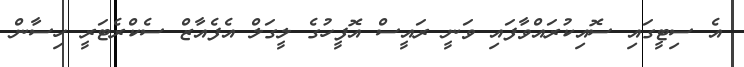
އެ ސިޓީގައި ސޮއިކުރައްވާފައި ވަނީ ރައީސް އޮފީހުގެ ލީގަލް އެފެއާޒް ސެކްރެޓަރީ ހިސާން